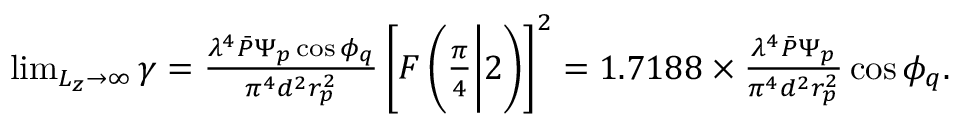
\begin{array} { r } { \operatorname* { l i m } _ { L _ { z } \rightarrow \infty } \gamma = \frac { \lambda ^ { 4 } \bar { P } \Psi _ { p } \cos \phi _ { q } } { \pi ^ { 4 } d ^ { 2 } r _ { p } ^ { 2 } } \left[ F \left( \frac { \pi } { 4 } \bigg | 2 \right) \right] ^ { 2 } = 1 . 7 1 8 8 \times \frac { \lambda ^ { 4 } \bar { P } \Psi _ { p } } { \pi ^ { 4 } d ^ { 2 } r _ { p } ^ { 2 } } \cos \phi _ { q } . } \end{array}